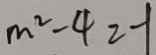
m ^ { 2 } - 4 = - 1